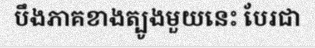
បឹងភាគខាងត្បូងមួយនេះ បែរជា